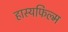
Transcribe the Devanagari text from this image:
हास्यफिल्म